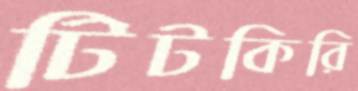
টিটকিরি